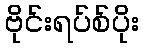
ဗိုင်းရပ်စ်ပိုး